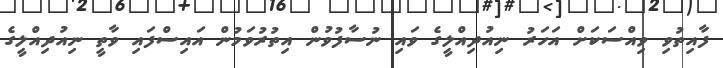
ފާއިތުވި ވިއްސަކަށް އަހަރު ނިއުދިއްލީގެ ވައި ނުސާފުވުން އިތުރުވަމުން އައިސްފައި ވާތީ ނިއުދިއްލީގެ